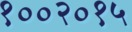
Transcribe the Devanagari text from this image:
१००२०१५